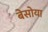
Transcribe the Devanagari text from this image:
बेसोया